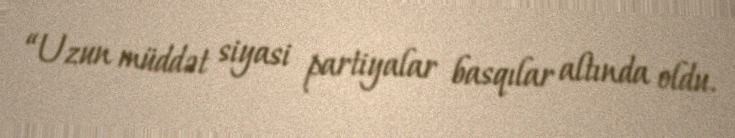
“Uzun müddət siyasi partiyalar basqılar altında oldu.